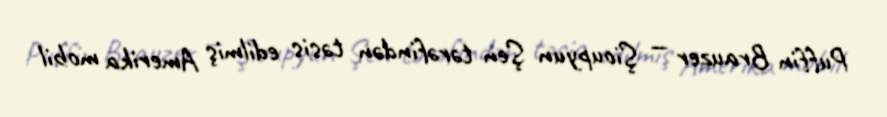
Puffin Brauzer — Şioupyun Şen tərəfindən təsis edilmiş Amerika mobil